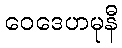
ဝေဒေဟမုနီ